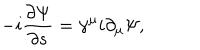
LaTeX: - i \frac { \partial \Psi } { \partial s } = \gamma ^ { \mu } i \partial _ { \mu } \Psi ,